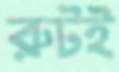
রুটই